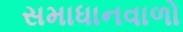
સમાધાનવાળો